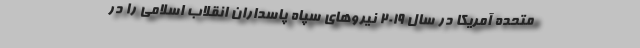
متحده آمریکا در سال 2019 نیروهای سپاه پاسداران انقلاب اسلامی را در